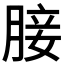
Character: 𮌟